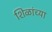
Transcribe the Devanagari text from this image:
शिळांच्या